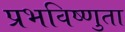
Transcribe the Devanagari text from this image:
प्रभविष्णुता